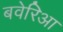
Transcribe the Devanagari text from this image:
बवेरिआ